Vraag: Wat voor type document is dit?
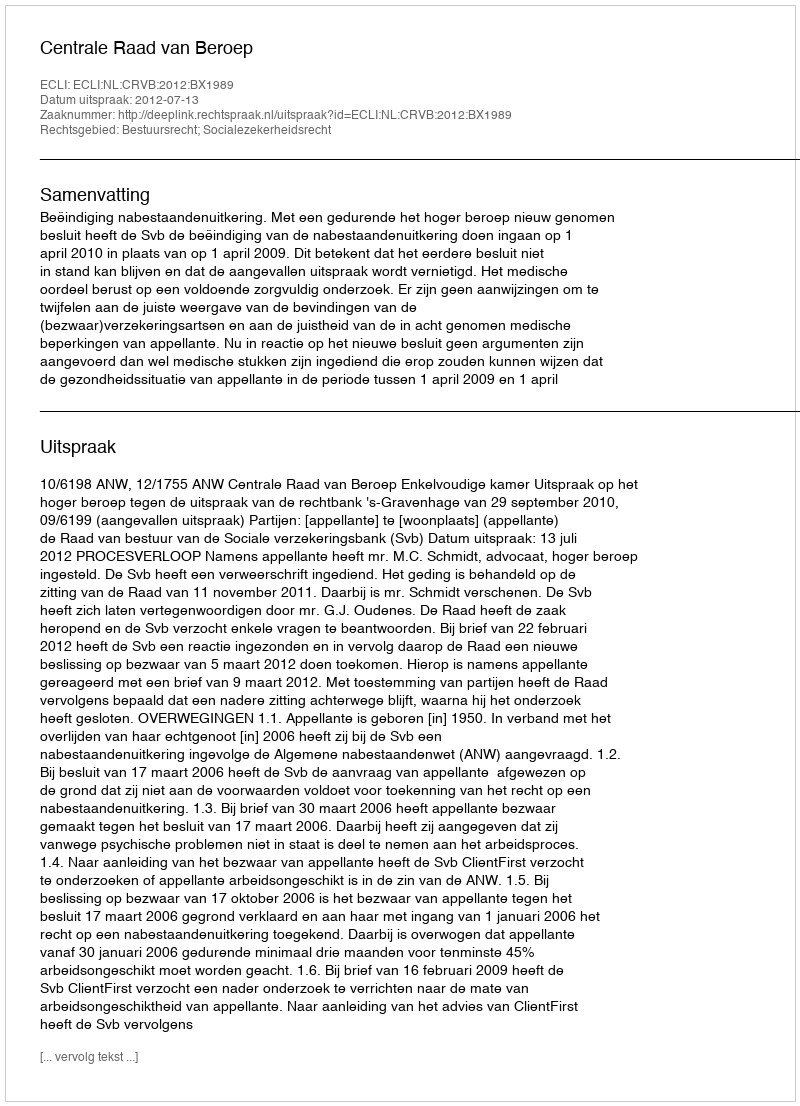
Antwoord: Uitspraak